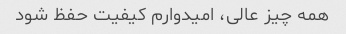
همه چیز عالی، امیدوارم کیفیت حفظ شود